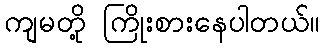
ကျမတို့ ကြိုးစားနေပါတယ်။